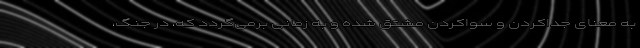
به معنای جداکردن و سواکردن مشتق شده و به زمانی برمی‌گردد که، در جنگ،